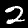
Label: 2